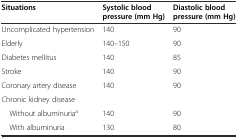
<table><thead><tr><td><b>Situations</b></td><td><b>Systolic blood pressure (mm Hg)</b></td><td><b>Diastolic blood pressure (mm Hg)</b></td></tr></thead><tbody><tr><td>Uncomplicated hypertension</td><td>140</td><td>90</td></tr><tr><td>Elderly</td><td>140–150</td><td>90</td></tr><tr><td>Diabetes mellitus</td><td>140</td><td>85</td></tr><tr><td>Stroke</td><td>140</td><td>90</td></tr><tr><td>Coronary artery disease</td><td>140</td><td>90</td></tr><tr><td colspan="3">Chronic kidney disease</td></tr><tr><td> Without albuminuria<sup>a</sup></td><td>140</td><td>90</td></tr><tr><td> With albuminuria</td><td>130</td><td>80</td></tr></tbody></table>